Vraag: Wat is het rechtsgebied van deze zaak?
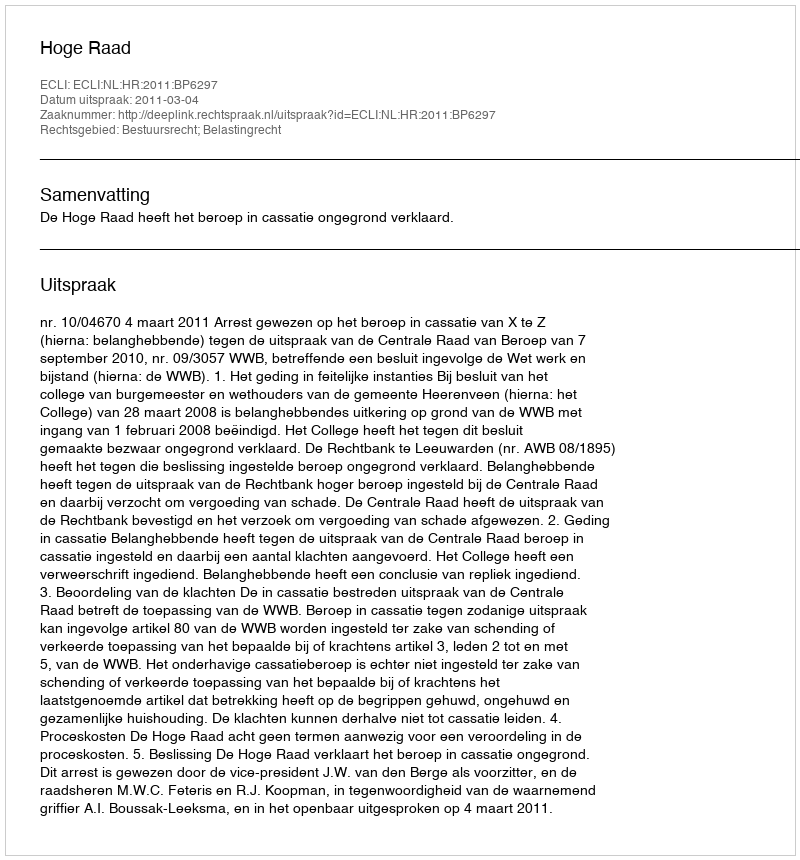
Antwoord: Bestuursrecht; Belastingrecht